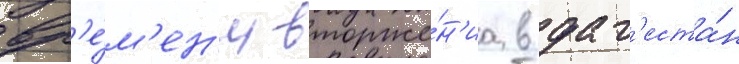
вр'е́м'ен'и вторже́н'иа в даг'еста́н